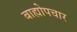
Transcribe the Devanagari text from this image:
बाह्योपचार